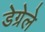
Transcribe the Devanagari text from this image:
डेग्रेले